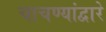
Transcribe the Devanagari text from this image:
चाचण्यांद्वारे